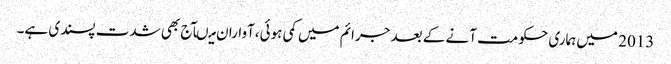
2013 میں ہماری حکومت آنے کے بعد جرائم میں کمی ہوئی،آواران میںآج بھی شدت پسندی ہے۔